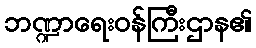
ဘဏ္ဍာရေးဝန်ကြီးဌာန၏